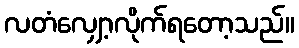
လတံလျှော့လိုက်ရတော့သည်။